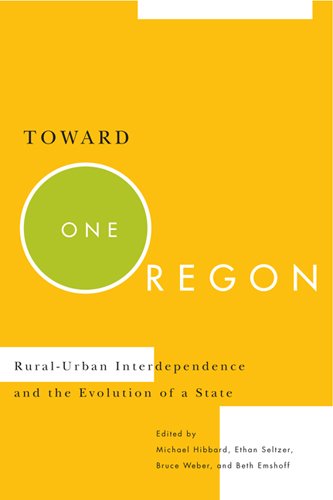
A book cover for Toward One Oregon: Rural-Urban Interdependence and the Evolution of a State; Michael Hibbard; Business & Money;